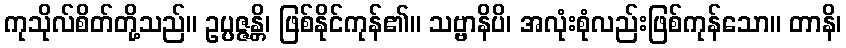
ကုသိုလ်စိတ်တို့သည်။ ဥပ္ပဇ္ဇန္တိ၊ ဖြစ်နိုင်ကုန်၏။ သဗ္ဗာနိပိ၊ အလုံးစုံလည်းဖြစ်ကုန်သော။ တာနိ၊